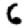
Digit: 6